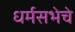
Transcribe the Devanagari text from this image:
धर्मसभेचे